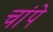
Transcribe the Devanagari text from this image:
चांपे